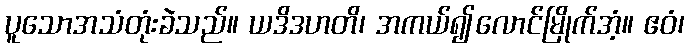
ပူသောအသံတုံးခဲသည်။ ယဒိဒဟတိ၊ အကယ်၍လောင်မြိုက်အံ့။ ဧဝံ၊